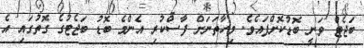
ބަޖެޓް ވަނީ ބޮޑުކޮށްފައެވެ. މިހާތަނަށް ފާސްކުރި އެންމެ ބޮޑު ބަޖެޓުގެ ގޮތުގައި އެ